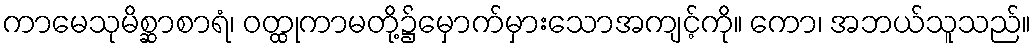
ကာမေသုမိစ္ဆာစာရံ၊ ဝတ္ထုကာမတို့၌မှောက်မှားသောအကျင့်ကို။ ကော၊ အဘယ်သူသည်။